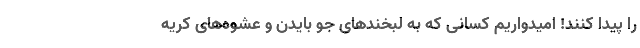
را پیدا کنند! امیدواریم کسانی که به لبخندهای جو بایدن و عشوه‌های کریه